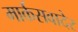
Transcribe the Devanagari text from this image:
मार्कसवादेर